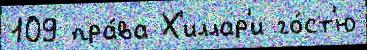
109 пра́ва Х'иллар'и го́ст'ю